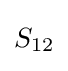
{\begin{aligned}S_{12}\end{aligned}}